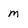
Character: m